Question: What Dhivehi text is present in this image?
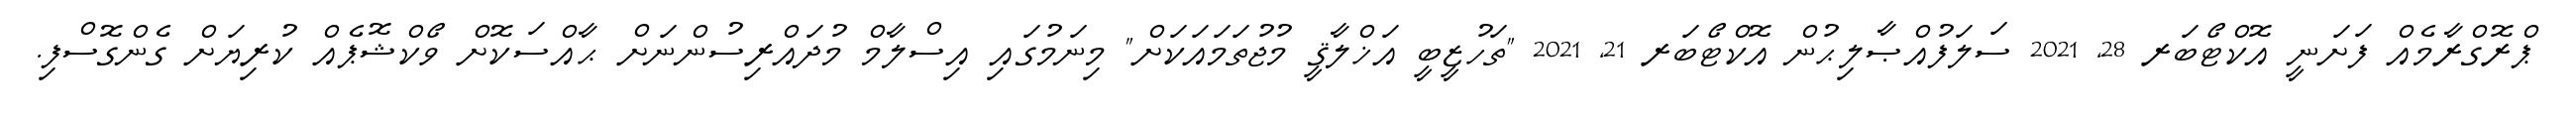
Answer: ޕްރޮގްރާމެއް ފަށަނީ އޮކްޓޯބަރ 28, 2021 ސަލަފުއްޞާލިޙުން އޮކްޓޯބަރ 21, 2021 "ތަހުޒީބީ އަޚްލާޤީ މުޖުތަމައަކަށް" މިނަމުގައި އިސްލާމް މުދައްރިސުންނަށް ޙާއްސަކޮށް ވޯކްޝޮޕެއް ކުރިޔަށް ގެންގޮސްފި.